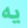
يه